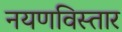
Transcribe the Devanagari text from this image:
नयणविस्तार